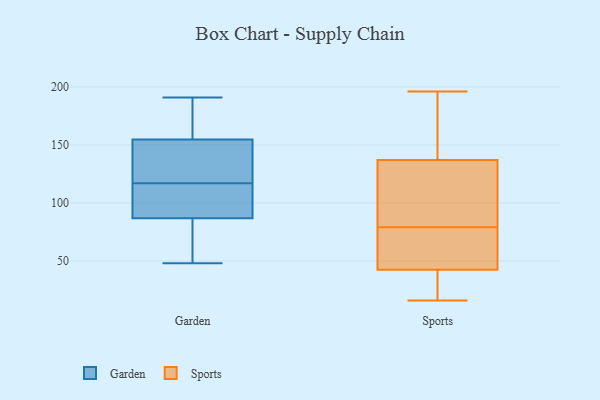
{"axis": {"x": "Budget (USD K)", "y": "Value"}, "legend": ["Garden", "Sports"], "data": [{"x": "", "y": 117, "type": "Garden"}, {"x": "", "y": 191, "type": "Garden"}, {"x": "", "y": 48, "type": "Garden"}, {"x": "", "y": 177, "type": "Garden"}, {"x": "", "y": 86, "type": "Garden"}, {"x": "", "y": 108, "type": "Garden"}, {"x": "", "y": 54, "type": "Garden"}, {"x": "", "y": 156, "type": "Garden"}, {"x": "", "y": 59, "type": "Garden"}, {"x": "", "y": 132, "type": "Garden"}, {"x": "", "y": 96, "type": "Garden"}, {"x": "", "y": 156, "type": "Garden"}, {"x": "", "y": 151, "type": "Garden"}, {"x": "", "y": 121, "type": "Garden"}, {"x": "", "y": 89, "type": "Garden"}, {"x": "", "y": 64, "type": "Sports"}, {"x": "", "y": 16, "type": "Sports"}, {"x": "", "y": 64, "type": "Sports"}, {"x": "", "y": 96, "type": "Sports"}, {"x": "", "y": 145, "type": "Sports"}, {"x": "", "y": 24, "type": "Sports"}, {"x": "", "y": 133, "type": "Sports"}, {"x": "", "y": 21, "type": "Sports"}, {"x": "", "y": 79, "type": "Sports"}, {"x": "", "y": 141, "type": "Sports"}, {"x": "", "y": 79, "type": "Sports"}, {"x": "", "y": 36, "type": "Sports"}, {"x": "", "y": 49, "type": "Sports"}, {"x": "", "y": 196, "type": "Sports"}, {"x": "", "y": 167, "type": "Sports"}, {"x": "", "y": 126, "type": "Sports"}, {"x": "", "y": 33, "type": "Sports"}, {"x": "", "y": 167, "type": "Sports"}, {"x": "", "y": 130, "type": "Sports"}, {"x": "", "y": 56, "type": "Sports"}]}